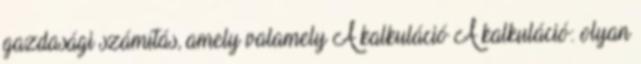
gazdasági számítás, amely valamely A kalkuláció A kalkuláció: olyan